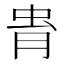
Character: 𧉎